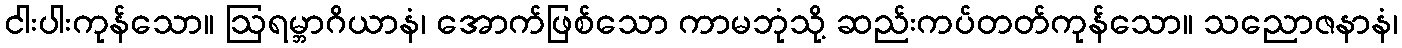
ငါးပါးကုန်သော။ ဩရမ္ဘာဂိယာနံ၊ အောက်ဖြစ်သော ကာမဘုံသို့ ဆည်းကပ်တတ်ကုန်သော။ သညောဇနာနံ၊